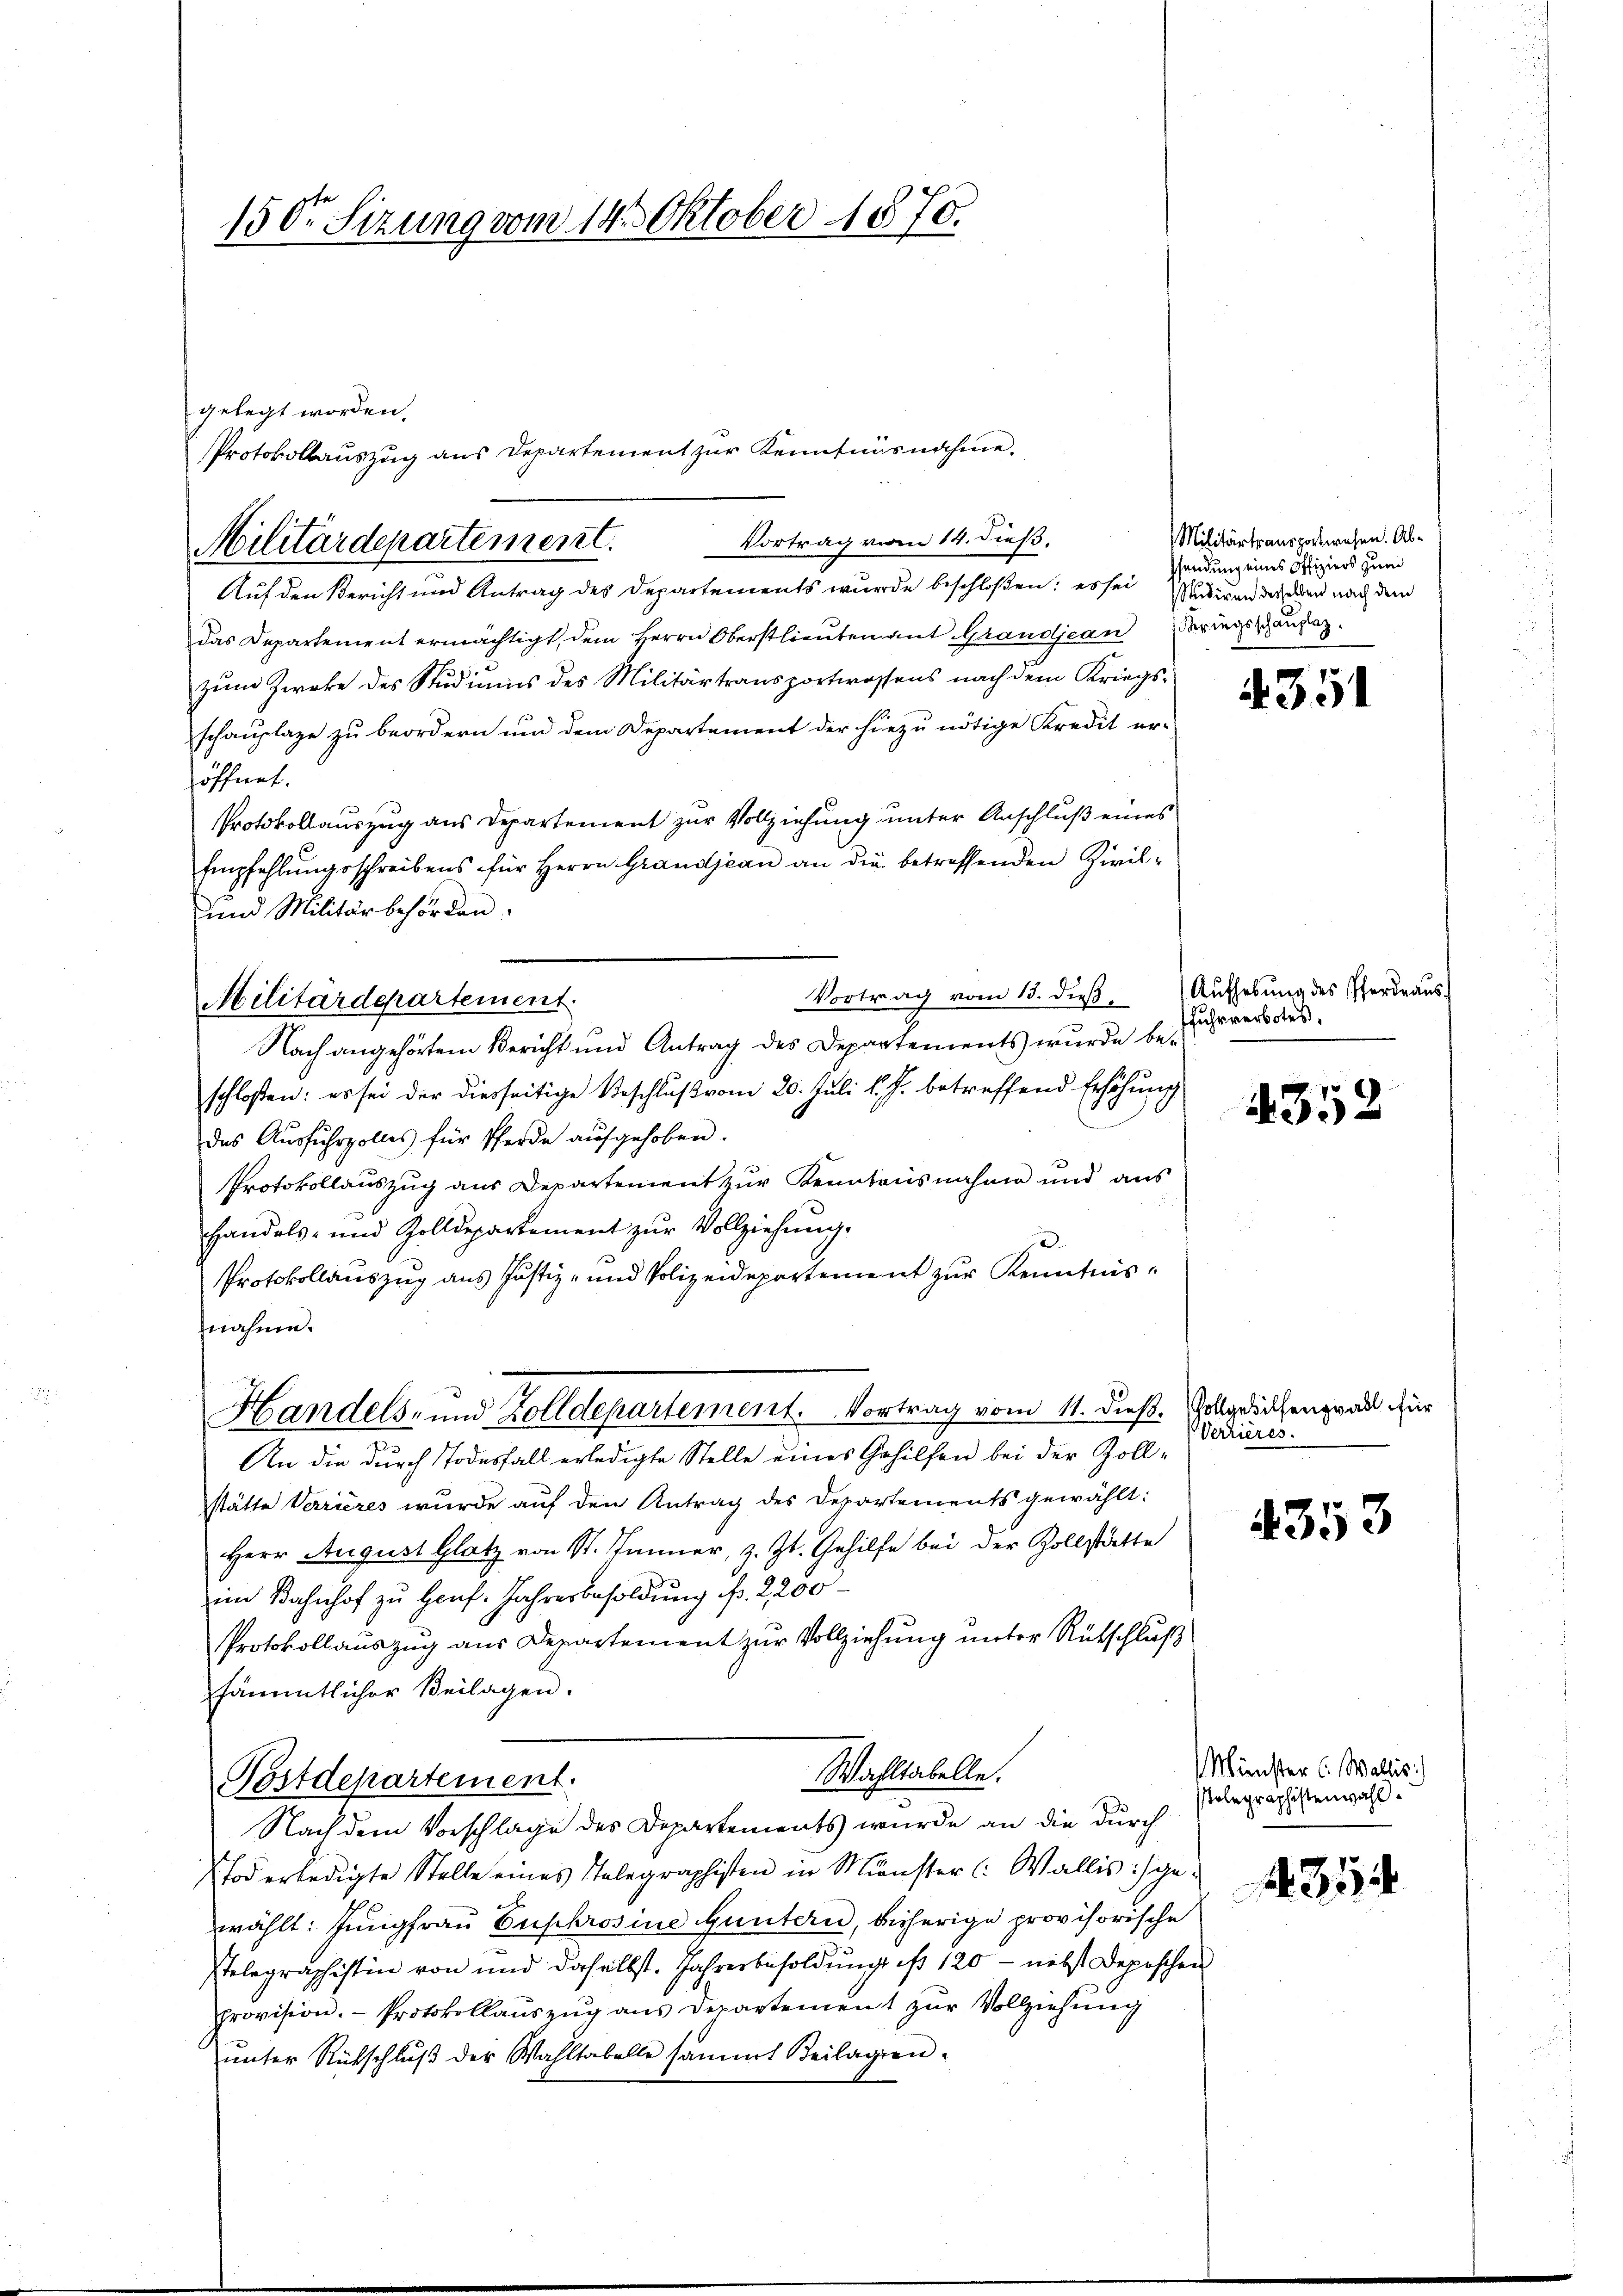
150r Sitzung vom 14 Oktober 1870.

Protokollauszug aus Departement zur Kenntnisnahme.
Vortrag vom 14. dieß.
Militärdepartement.

gelegt worden.

Auf den Bericht und Antrag des Departements wurde beschloßen: es sei Studiren derselben nach dem
das Departement ermächtigt, dem Herrn Oberstlieutenant Grandjean Bringshauptz.
zum Zwecke des Studiums des Militärtransportwessens nach dem Kriegs-
schauplaze zu beordern und dem Departement der hiezu nötige Kredit er-
höffnet.
Protokollauszug aus Departement zur Vollziehung unter Anschluß eines
Empfehlungsschreibens für Herrn Grandjean an die betreffenden Zivil-
und Militärbehörden.
Vortrag vom 13. die Aufhebung des Pferdraus
Militärdepartement.
Nach angehörtem Bericht und Antrag des Departements wurde beschloßen: es sei der diesseitige Beschluß vom 20. Juli l. J. betreffend Erhöhung
das Aŭsfŭhrzolles für Pferde aŭfgehoben.
Protokollauszug aus Departement zur Kenntnisnahme und aus
Handels- und Zolldepartement zŭr Vollziehung.
s
Protokollauszug aus Justiz- und Polizeidepartement zur Kenntnisnähme.
Handels- und Zolldepartement. Vortrag vom 11. dieß.
An die durch Todesfall erledigte Stelle eines Gehilfen bei der Zollstätte Verrieres wurde auf den Antrag des Departements gewählt:
Herr August Glatz von St. Jenner, z. Zt. Gehilfe bei der Zollstätte
im Bahnhof zu Hanf. Jahresbesoldung f. 2200
Protokollauszug aus Departement zur Vollziehung unter Rütschluß
sämtlicher Beilagen.
Wahltabelle.
Postdepartement.
Nach dem Vorschlage des Departements wurde an die durch
Erd erledigte Stelle eines Telegraphisten in Münster (: Wallis :/ gewählt: Jungfrau Euphrosine Guntern, bisherige provisorische
Ptelegraphistin von und daselbst. Jahresbesoldung ist 120 - nebst Deposchen
provision. Protokollaŭszŭg ans Departement zŭr Vollziehŭng
ŭnter Rückschlŭβ der Wahltabelle sammt Beilagen.

Militärtransportwesen. Absendung eines Offiziers zum

4351

fuhrverbotes,

4352

Vollgebillengrall für
Verrieres.

4353

Münster C. Wallis)
stolegraphistenwahl.

354